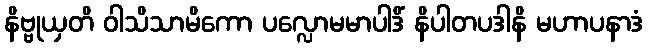
နိဗ္ဗုယှတိ ဝါသိသာမိကော ပလ္လောမမာပါဒိံ နိပါတပဒါနိ မဟာပနာဒံ